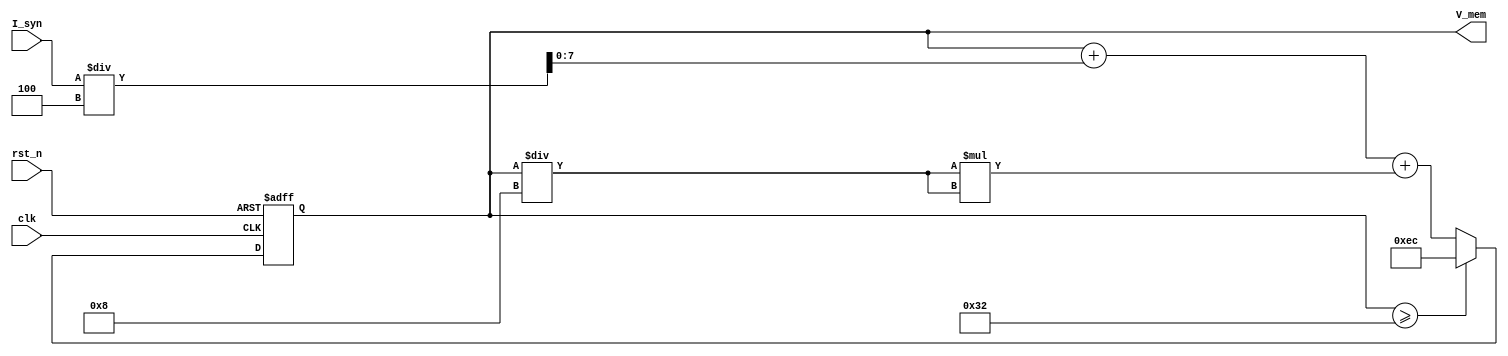
module QIFNeuron (
  input wire clk,          // Clock input
  input  wire rst_n,       // Reset input
  input  wire [7:0] I_syn,     // Input B (8-bit, signed)
  output  wire [7:0] V_mem     // Output voltage V (8-bit, signed) 
);
  
   
  reg [7:0] A;  
  assign V_mem=A;
  always @(posedge clk  or posedge rst_n) begin
          
        if (rst_n) begin
            A <= 0;
       end else begin
            if (A>=8'sd50) begin
                A<=-8'sd20;
            end else begin
               A<=A+I_syn/4+(A/8)*(A/8);
        end
        end
   end
endmodule